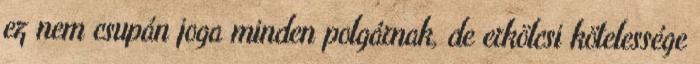
ez nem csupán joga minden polgárnak, de erkölcsi kötelessége